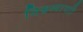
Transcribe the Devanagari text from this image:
विश्वव्यापाी